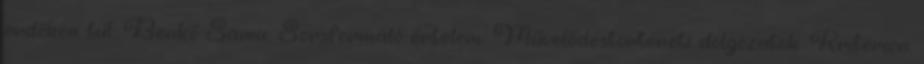
erdőkön túl: Benkő Samu: Sorsformáló értelem. Művelődéstörténeti dolgozatok. Kriterion,